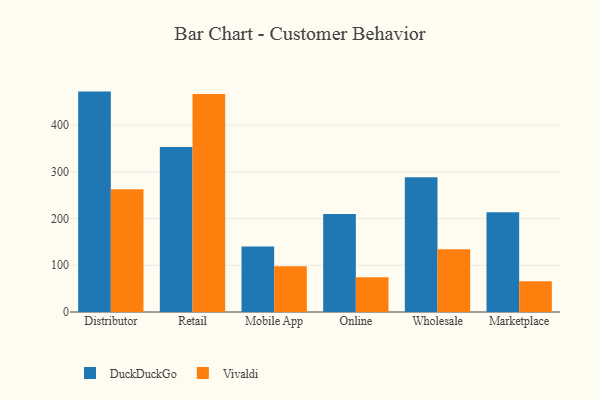
{"axis": {"x": "Channel", "y": "Bounce Rate (%)"}, "legend": ["DuckDuckGo", "Vivaldi"], "data": [{"x": "Distributor", "y": 471.6, "type": "DuckDuckGo"}, {"x": "Distributor", "y": 262.4, "type": "Vivaldi"}, {"x": "Retail", "y": 352.9, "type": "DuckDuckGo"}, {"x": "Retail", "y": 466.7, "type": "Vivaldi"}, {"x": "Mobile App", "y": 140.0, "type": "DuckDuckGo"}, {"x": "Mobile App", "y": 97.8, "type": "Vivaldi"}, {"x": "Online", "y": 209.8, "type": "DuckDuckGo"}, {"x": "Online", "y": 74.6, "type": "Vivaldi"}, {"x": "Wholesale", "y": 288.3, "type": "DuckDuckGo"}, {"x": "Wholesale", "y": 134.4, "type": "Vivaldi"}, {"x": "Marketplace", "y": 213.7, "type": "DuckDuckGo"}, {"x": "Marketplace", "y": 65.9, "type": "Vivaldi"}]}